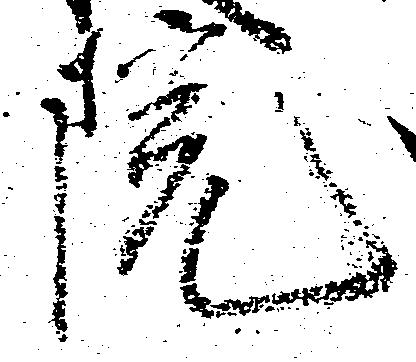
院